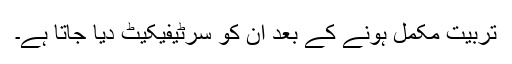
تربیت مکمل ہونے کے بعد ان کو سرٹیفیکیٹ دیا جاتا ہے۔